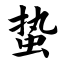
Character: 蛰